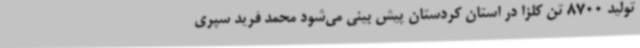
تولید 8700 تن کلزا در استان کردستان پیش بینی می‌شود محمد فرید سپری